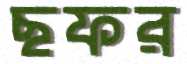
ছফর